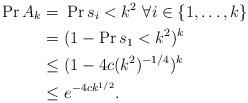
LaTeX: \begin{align*} \Pr{A_k} = & \ \Pr{s_i < k^2 \ \forall i\in\{1,\ldots,k\}}\\ =& \ (1-\Pr{s_1 < k^2})^k\\ \leq & \ (1-4c(k^2)^{-1/4})^k\\ \leq& \ e^{-4ck^{1/2}}. \end{align*}